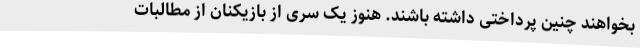
بخواهند چنین پرداختی داشته باشند. هنوز یک سری از بازیکنان از مطالبات